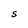
Character: S